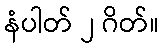
နံပါတ် ၂ ဂိတ်။